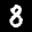
Label: 8